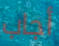
أجاب